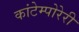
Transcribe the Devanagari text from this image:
कांटेम्पोरेरी